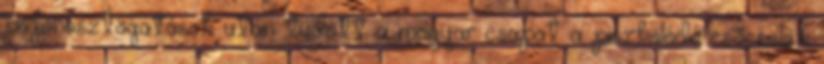
pofonosztogatások után tudott a magyar csapat a piszkolódó csőcselék